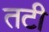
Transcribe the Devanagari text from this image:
तटी